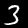
Digit: 3